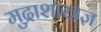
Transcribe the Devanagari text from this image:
मुद्राशास्त्रज्ञ